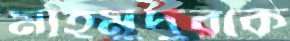
মাহমুদুরকে